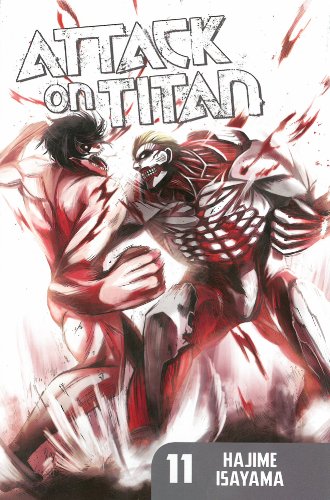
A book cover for Attack on Titan 11; Hajime Isayama; Comics & Graphic Novels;